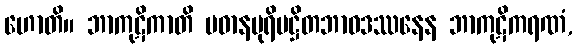
ဟောတိ။ ဘာကုဋိကာတိ ပဓာနပုရိမဋ္ဌိတဘာဝဒဿနေန ဘာကုဋိကရဏံ,